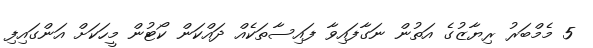
5 މެމްބަރު ރިޔާޒުގެ އަތުން ނަގާފައިވާ ފައިސާތަކެއް ދައްކަން ކޯޓުން މީހަކަށް އަންގައިފި